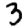
Digit: 3